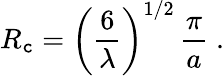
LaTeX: R_{\mathtt{c}}=\left(\frac{{6}}{{\lambda}}\right)^{1/2}\, \frac{{\pi}}{{a}}\; .